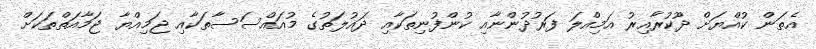
އެތަން ކުއްޔަށް ދޫކުރާއިރު އަމިއްލަ ފަރުދުންނާއި ކުންފުނިތަކާއި ދައުލަތުގެ މުއައްސަސާތަކާއި ޖަމިއްޔާ ޖަމާއަތްތަކަށް